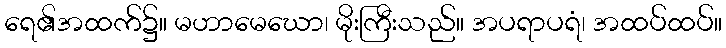
ရေ၏အထက်၌။ မဟာမေဃော၊ မိုးကြီးသည်။ အပရာပရံ၊ အထပ်ထပ်။